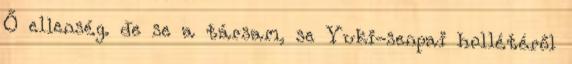
Ő ellenség. de se a társam, se Yuki-senpai hollétéről